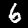
Label: 6